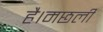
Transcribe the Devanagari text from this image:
है।मछली